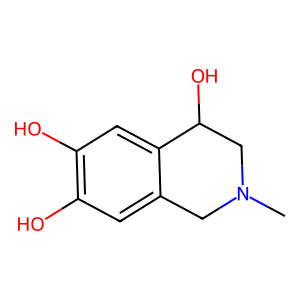
SMILES: CN1Cc2cc(O)c(O)cc2C(O)C1
Inhibits HIV replication: No